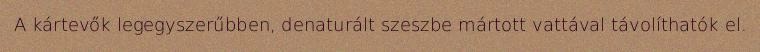
A kártevők legegyszerűbben, denaturált szeszbe mártott vattával távolíthatók el.